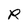
Character: R